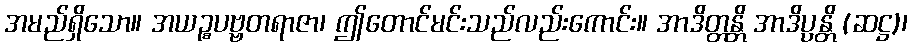
အမည်ရှိသော။ အယဉ္စပဗ္ဗတရာဇာ၊ ဤတောင်မင်းသည်လည်းကောင်း။ အာဒိတ္တန္တိ အာဒိပ္ပန္တိ (ဆဋ္ဌ)၊